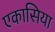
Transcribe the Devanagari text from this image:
एकासिया